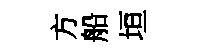
方船垣